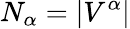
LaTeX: N_{\alpha}=|V^{\alpha}|